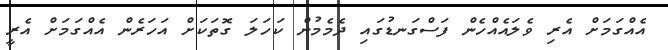
އެއްގަމަށް އެރި ވެލައެއްހެން ފަސްގަނޑުގައި ދެމެމުން ކަހަލަ ގޮތަކަށް އަހަރެން އެއްގަމަށް އެރީ